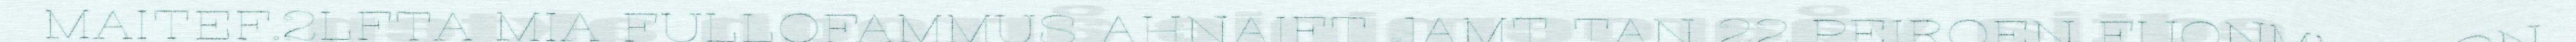
MAITEF.2LFTA MIA FULLOFAMMUS AHNAIFT JAMT TAN 22 PEIROEN FUONMMANON.